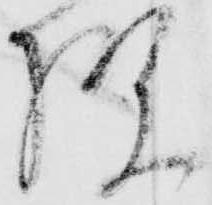
様